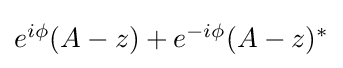
{\textstyle e^{i\phi }(A-z)+e^{-i\phi }(A-z)^{*}}